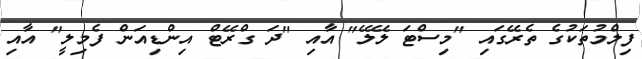
ފިލްމުތަކުގެ ތެރޭގައި "މިސްޓަ ލޭލޭ" އާއި "ދަ ގްރޭޓް އިންޑިއަން ފެމިލީ" އާއި